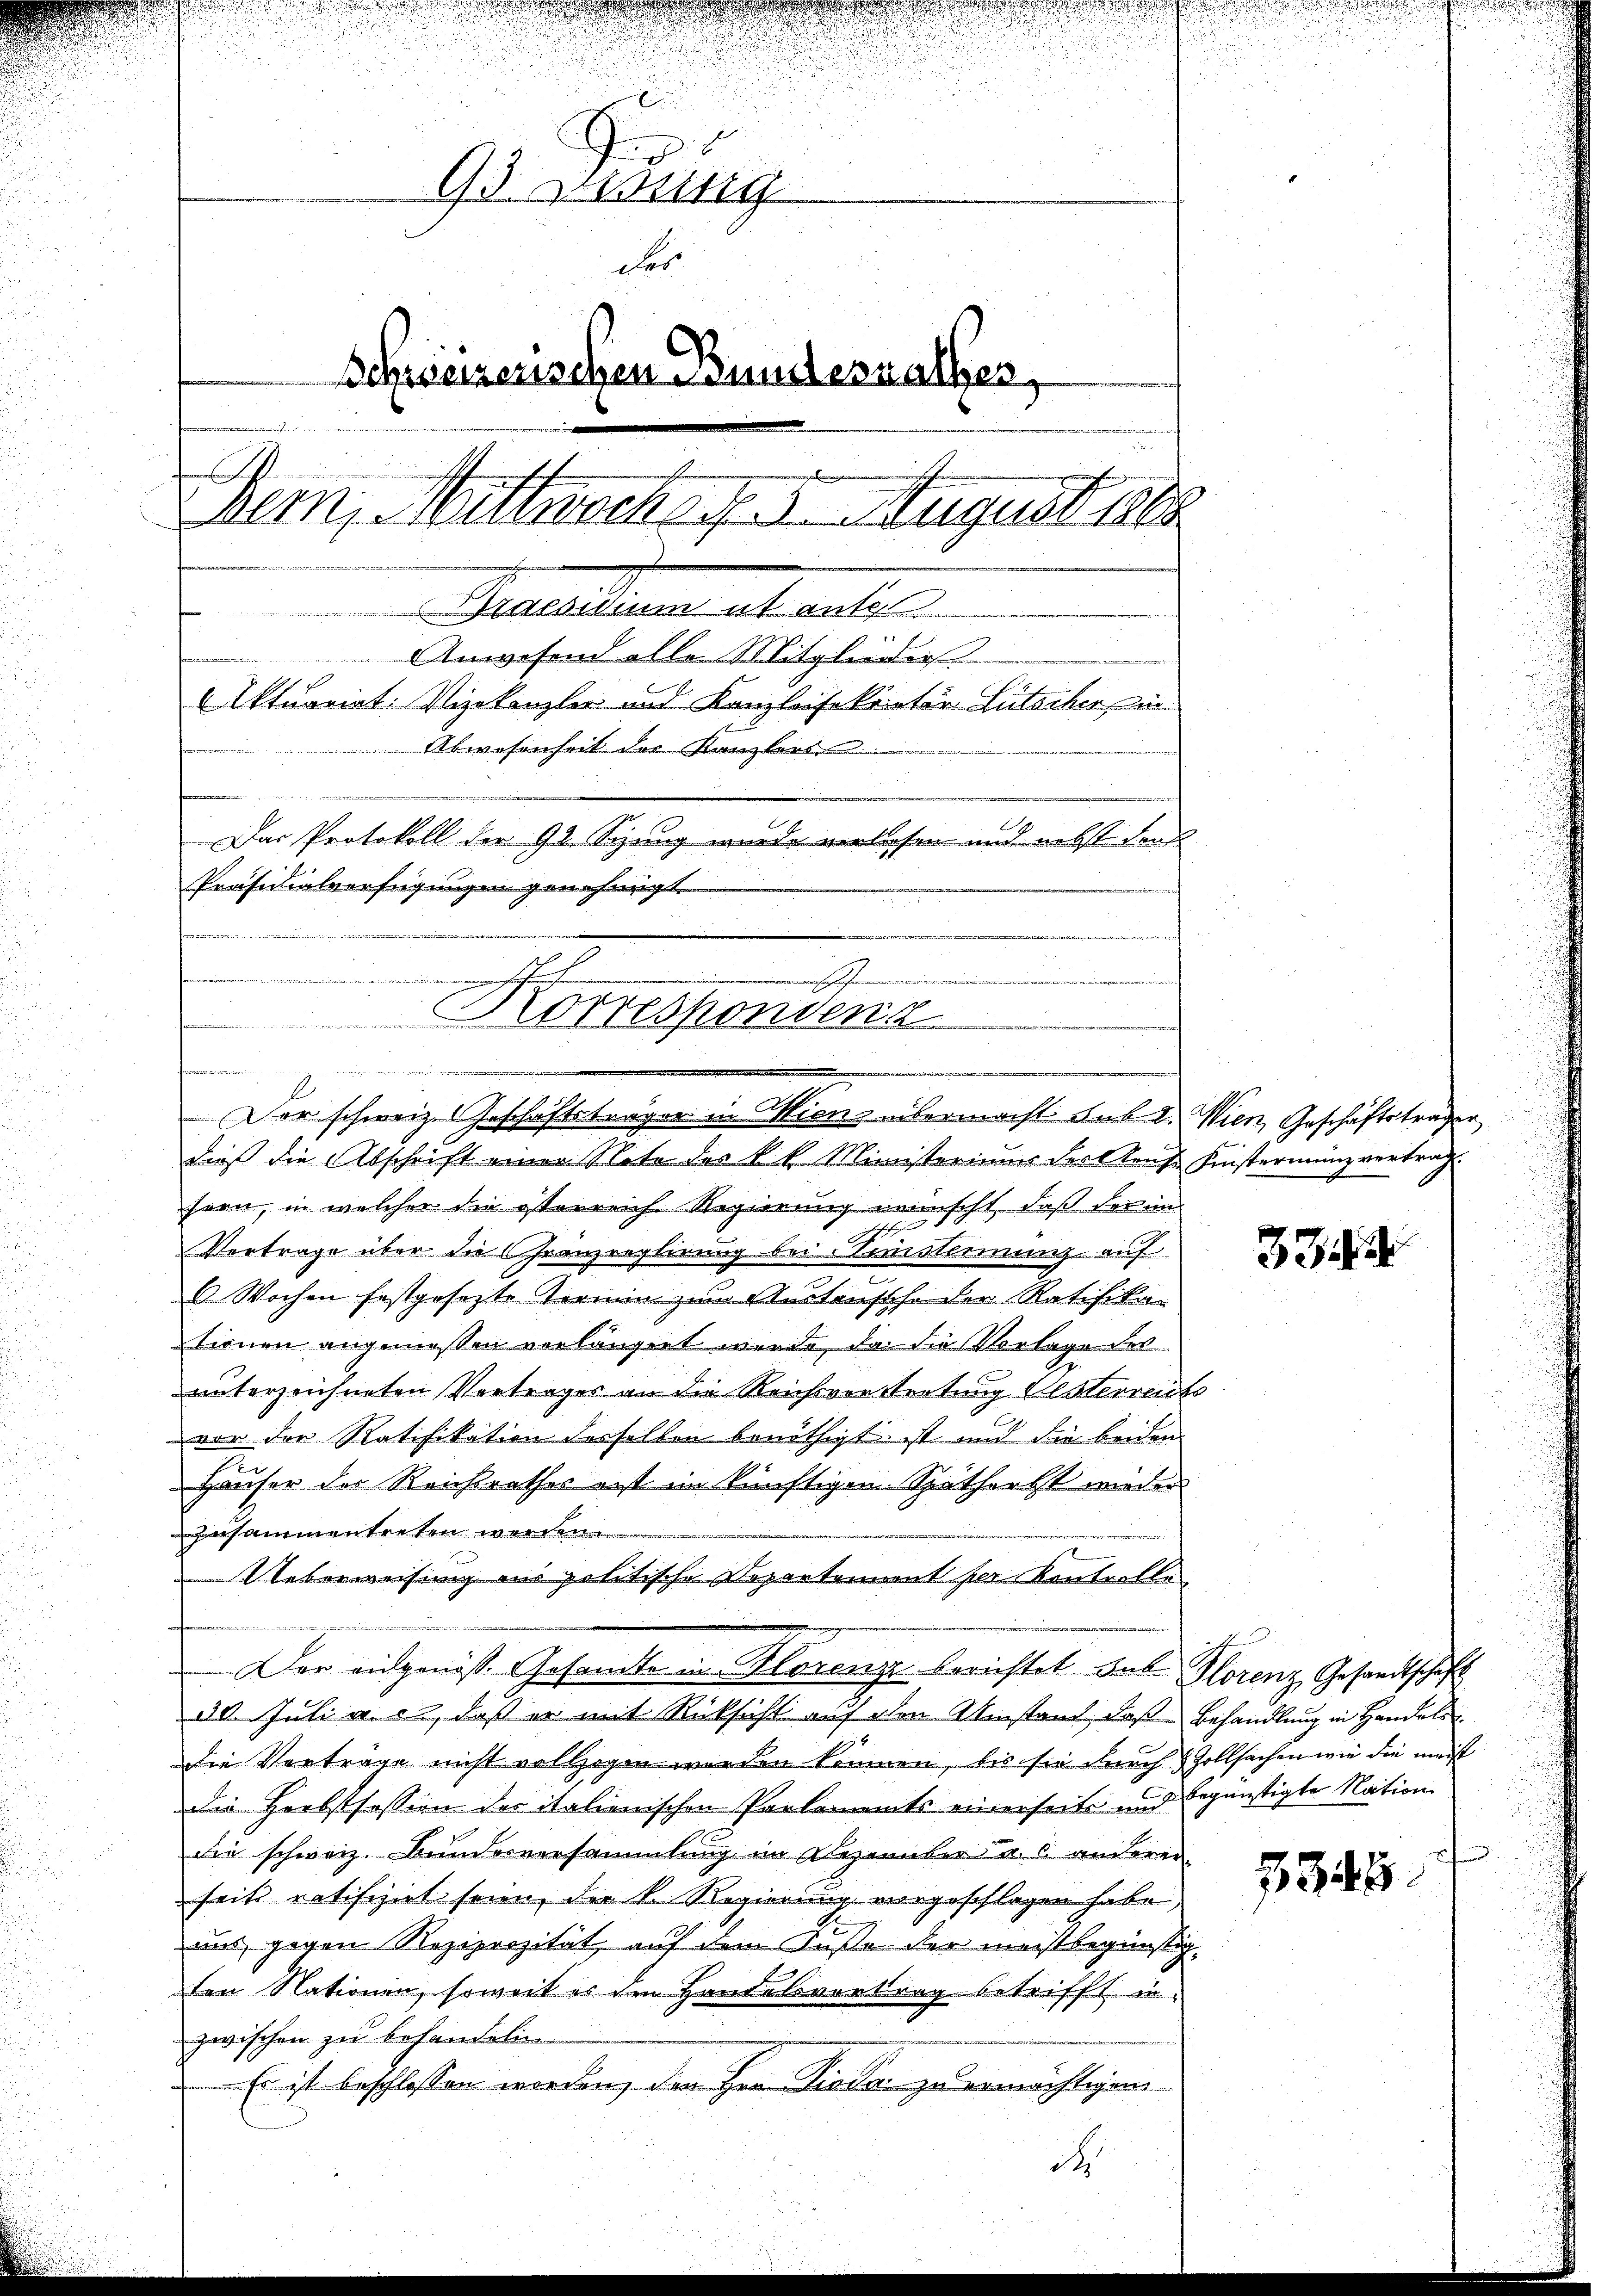
93 zwütig
For
Schweizerischen Bundesrathes,
i
t
Bern, Mittwoch f. 5 August abe
atasterner als welche
Anwesend alle Mitglieders
Aktuariat. Vizekanzler und Kanzleisekretin Sütscher ei
Abwesenheit der Kanzlers
Das Protokoll der 92. Sepung wurde verlesen und nebst den
Präsidialverfügungen genehmigt.

h

inssehe
Korrespondend
e

¬
l
Der schweiz. Geschäftsträger in Miens übermacht sub 2. Wien, Geschäftsträger

dieß die Abschrift einer Note des k. k. Ministeriums der Sonst Fistermanzvertrag.
sern, in welcher die österreich Regierung wünscht, daß der im
.
Vertrage über die Gränzreglirung bei Konstimmung auf
6 Wochen festgesezte Termin zum Austausche der Ratifikar
tionen angemessen verlängert werde, da die Vorlage des
unterzeichneten Vertrages an die Reichsvorstretung Oesterreichs
vor der Ratifikation desselben benöthigt ist und die beiden
Häuser der Reichsrathes ort im künftigen Spätherbst wieder
zusammentreten werden.
Ueberweisung ans politische Departement per Kontrolle
Der eidgenös. Gesandte in Klorenze berichtet das Horenz Gesandtschaft
30. Juli u. s., daß er mit Rücksicht auf den Umstand, daß Behandlung in Handels
die Vorträge nicht vollzogen worden können, bis sie durch Zollsachen wie die meist
die Herbstfession des italienischen Parlaments einerseits und begünstigte Nation
die schweiz. Bundesversammlung im Dezember a. c. anderer
seit ratifiziel seien, der k. Regierung vorgeschlagen habe,
uns gegen Reziprozität, auf dem Caße der meistbegünstig
en Nationen, soweit es den Handelsvertrag betrifft in
zwischen zu behandelin
Es ist beschlossen worden, den Hrn. Dioda zu ermächtigen

d

333

334.